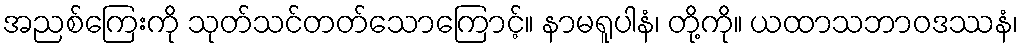
အညစ်ကြေးကို သုတ်သင်တတ်သောကြောင့်။ နာမရူပါနံ၊ တို့ကို။ ယထာသဘာဝဒဿနံ၊